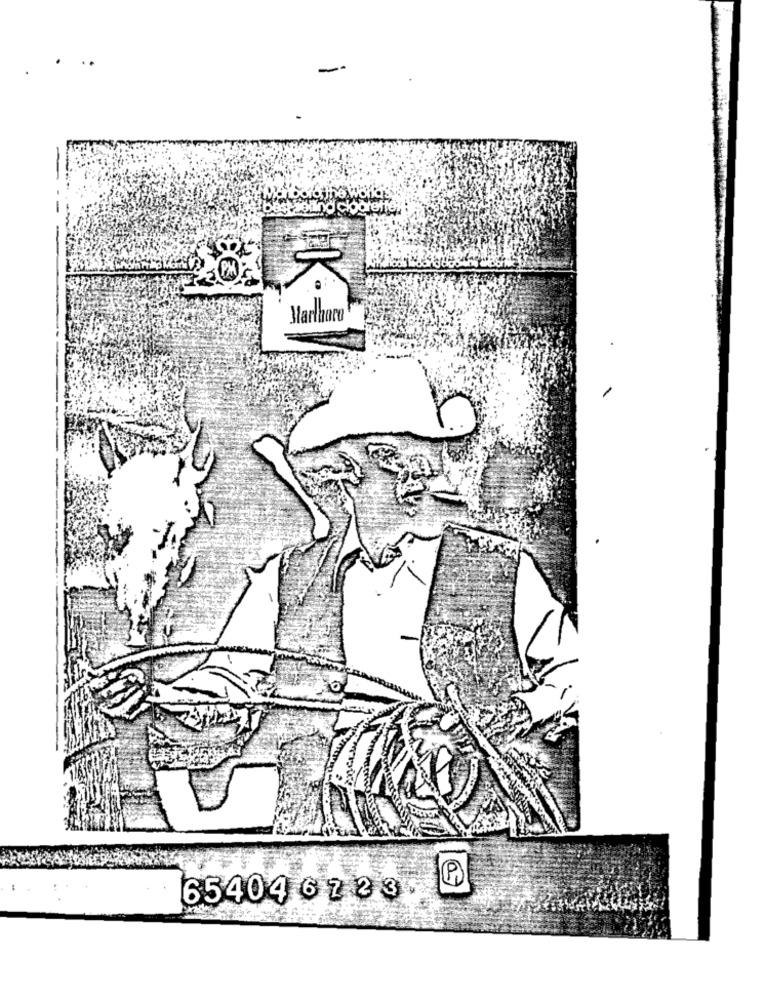
Martharo
654046223